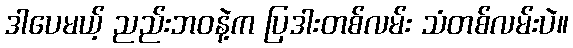
ဒါပေမယ့် ညည်းဘဝနဲ့က ပြဒါးတစ်လမ်း သံတစ်လမ်းပဲ။